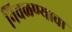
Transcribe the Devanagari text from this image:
निवळण्याचा